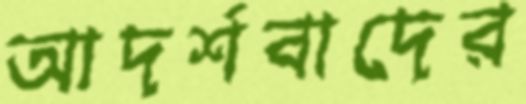
আদর্শবাদের